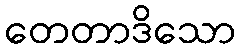
တေတာဒိသော